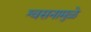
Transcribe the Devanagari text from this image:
श्वसनामुळे